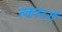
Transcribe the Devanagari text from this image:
क्लस्टरों